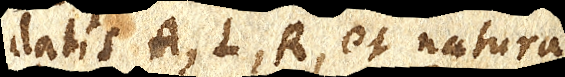
Datis A, L, R, et natura